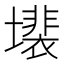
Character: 𱘍